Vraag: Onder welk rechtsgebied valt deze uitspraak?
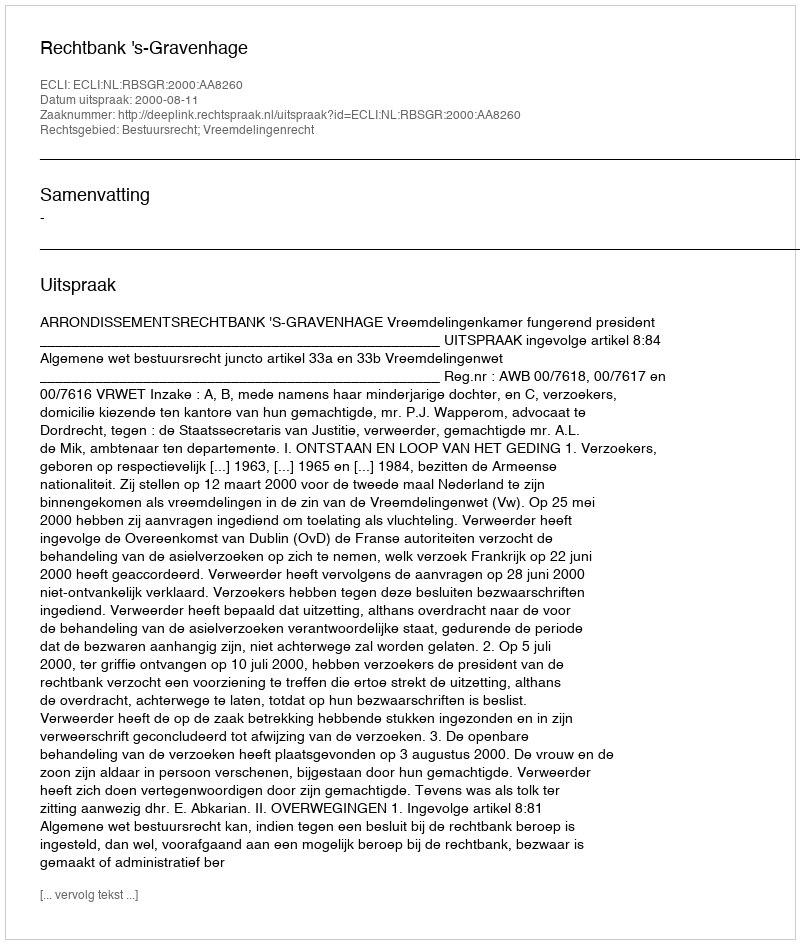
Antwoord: Bestuursrecht; Vreemdelingenrecht